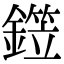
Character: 𬬂